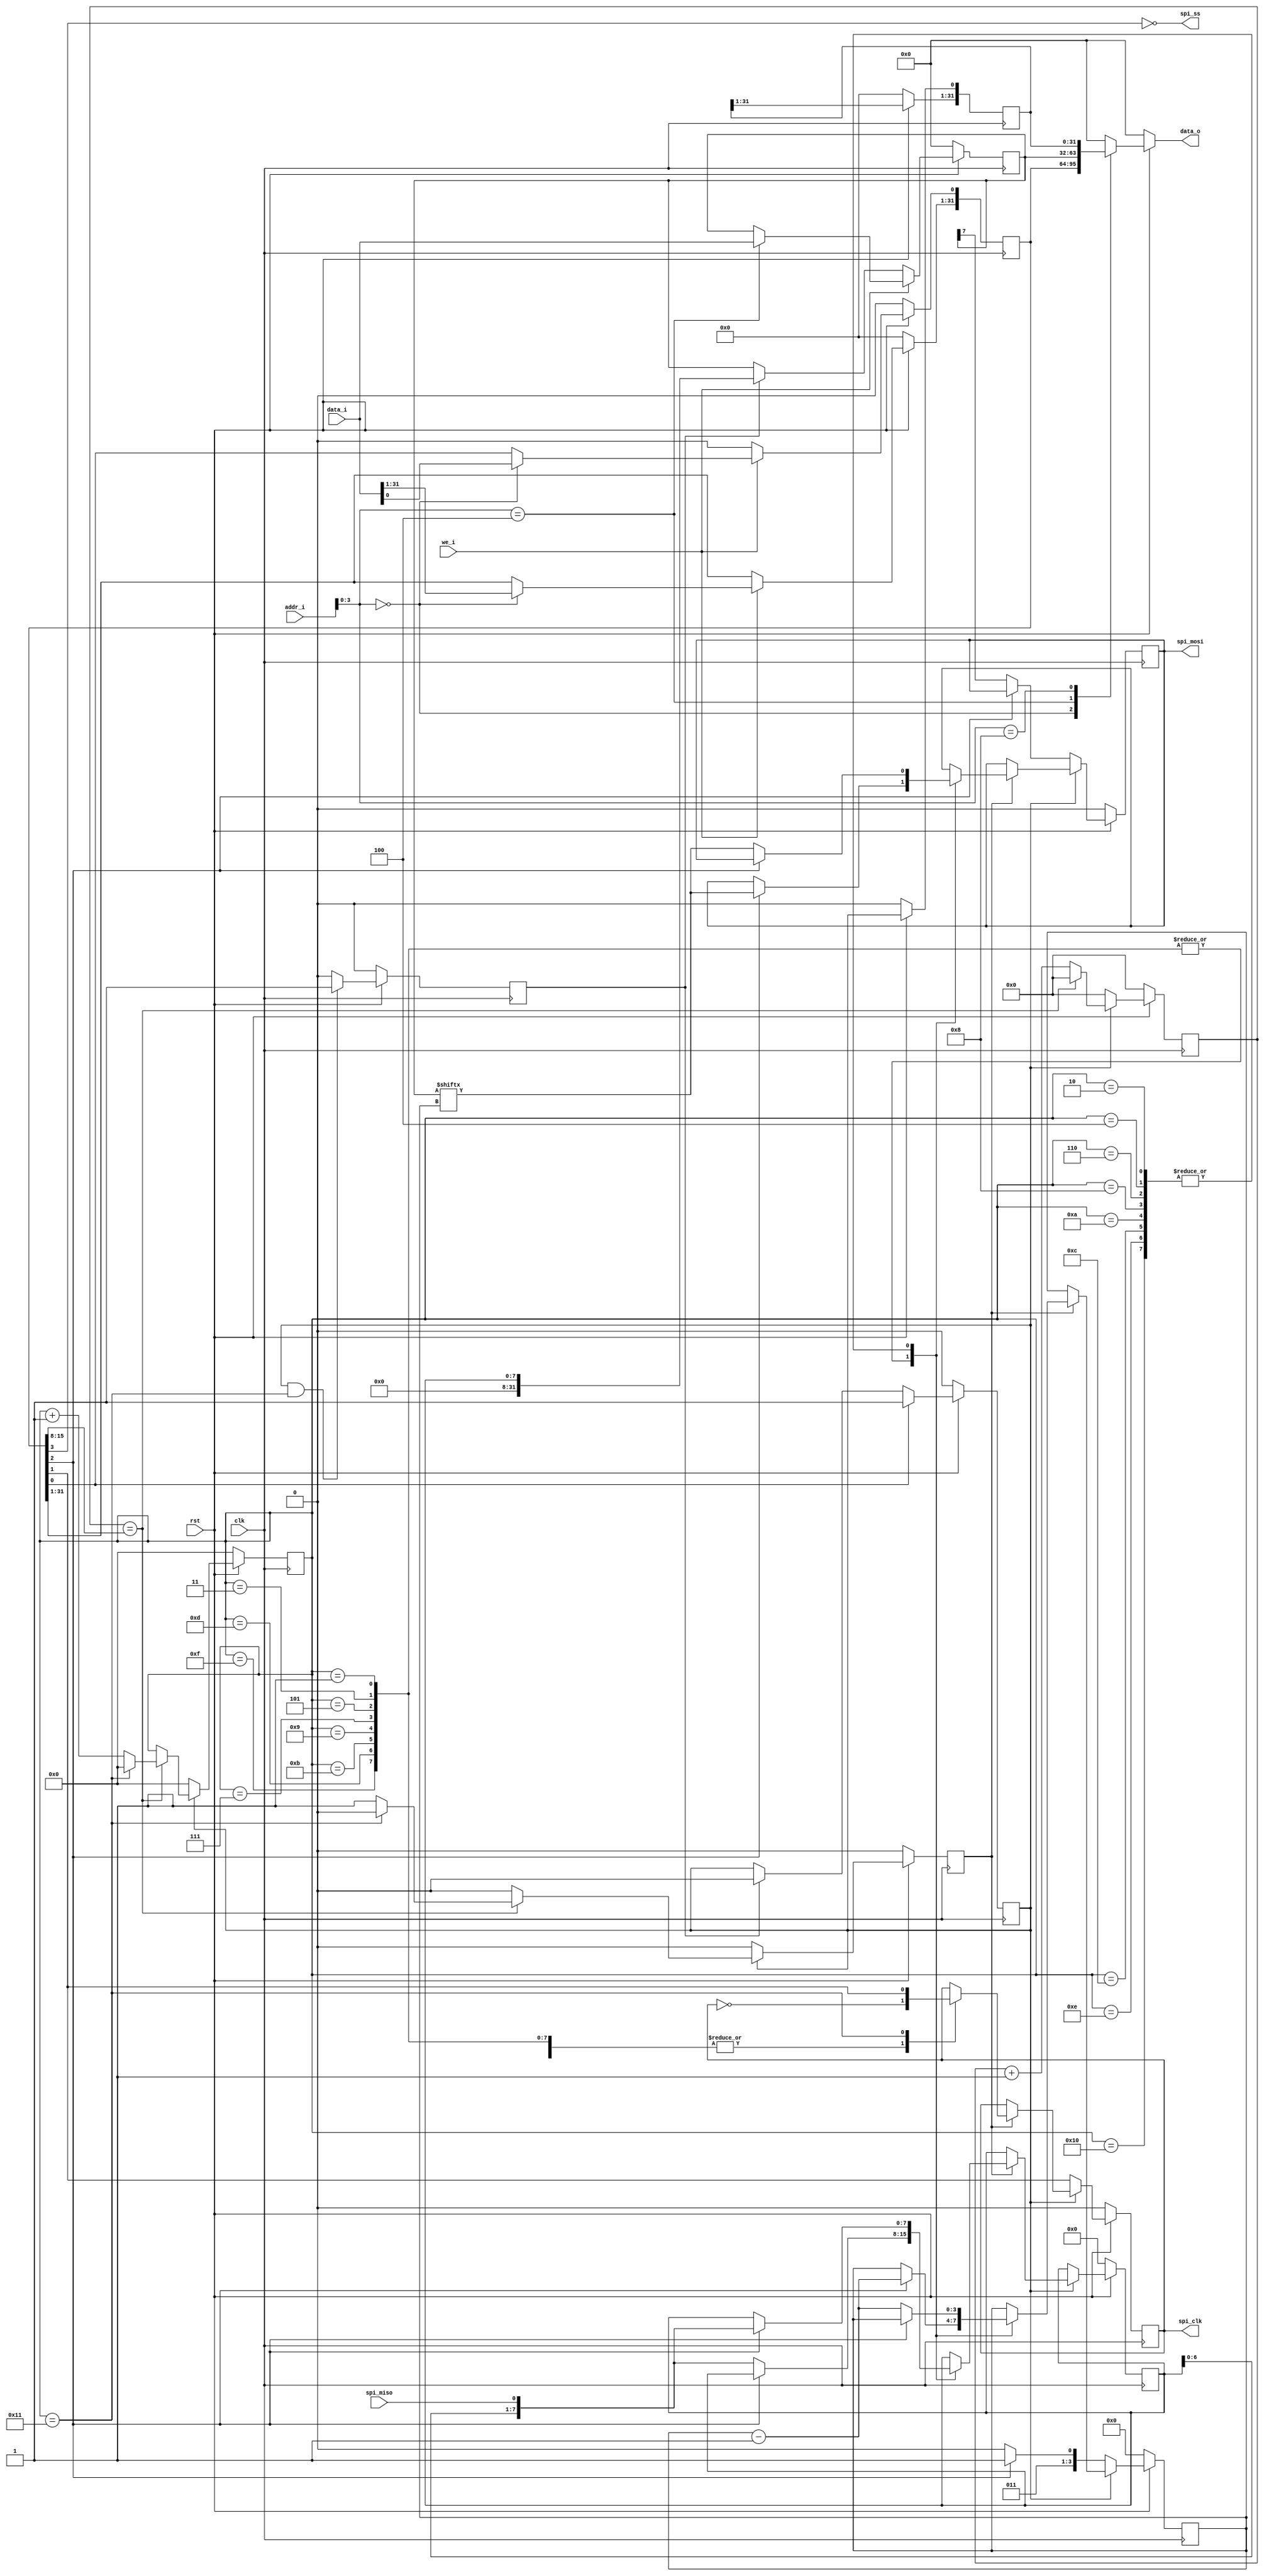
 /*                                                                      
 Copyright 2020 Blue Liang, liangkangnan@163.com
                                                                         
 Licensed under the Apache License, Version 2.0 (the "License");         
 you may not use this file except in compliance with the License.        
 You may obtain a copy of the License at                                 
                                                                         
     http://www.apache.org/licenses/LICENSE-2.0                          
                                                                         
 Unless required by applicable law or agreed to in writing, software    
 distributed under the License is distributed on an "AS IS" BASIS,       
 WITHOUT WARRANTIES OR CONDITIONS OF ANY KIND, either express or implied.
 See the License for the specific language governing permissions and     
 limitations under the License.                                          
 */


// spi master
module spi(

    input wire clk,
    input wire rst,

    input wire[31:0] data_i,
    input wire[31:0] addr_i,
    input wire we_i,

    output reg[31:0] data_o,

    output reg spi_mosi,             // spispi
    input wire spi_miso,             // spispi
    output wire spi_ss,              // spi
    output reg spi_clk               // spiclk

    );


    localparam SPI_CTRL   = 4'h0;    // spi_ctrl
    localparam SPI_DATA   = 4'h4;    // spi_data
    localparam SPI_STATUS = 4'h8;    // spi_status

    // spi
    // addr: 0x00
    // [0]: 1: enable, 0: disable
    // [1]: CPOL
    // [2]: CPHA
    // [3]: select slave, 1: select, 0: deselect
    // [15:8]: clk div
    reg[31:0] spi_ctrl;
    // spi
    // addr: 0x04
    // [7:0] cmd or inout data
    reg[31:0] spi_data;
    // spi
    // addr: 0x08
    // [0]: 1: busy, 0: idle
    reg[31:0] spi_status;

    reg[8:0] clk_cnt;               // 
    reg en;                         // 
    reg[4:0] spi_clk_edge_cnt;      // spi clk
    reg spi_clk_edge_level;         // spi clk
    reg[7:0] rdata;                 // spi
    reg done;                       // 
    reg[3:0] bit_index;             // bit
    wire[8:0] div_cnt;


    assign spi_ss = ~spi_ctrl[3];   // SPI

    assign div_cnt = spi_ctrl[15:8];// 0: 21428316432


    // 
    // 
    always @ (posedge clk) begin
        if (rst == 1'b0) begin
            en <= 1'b0;
        end else begin
            if (spi_ctrl[0] == 1'b1) begin
                en <= 1'b1;
            end else if (done == 1'b1) begin
                en <= 1'b0;
            end else begin
                en <= en;
            end
        end
    end

    // 
    always @ (posedge clk) begin
        if (rst == 1'b0) begin
            clk_cnt <= 9'h0;
        end else if (en == 1'b1) begin
            if (clk_cnt == div_cnt) begin
                clk_cnt <= 9'h0;
            end else begin
                clk_cnt <= clk_cnt + 1'b1;
            end
        end else begin
            clk_cnt <= 9'h0;
        end
    end

    // spi clk
    // 
    always @ (posedge clk) begin
        if (rst == 1'b0) begin
            spi_clk_edge_cnt <= 5'h0;
            spi_clk_edge_level <= 1'b0;
        end else if (en == 1'b1) begin
            // 
            if (clk_cnt == div_cnt) begin
                if (spi_clk_edge_cnt == 5'd17) begin
                    spi_clk_edge_cnt <= 5'h0;
                    spi_clk_edge_level <= 1'b0;
                end else begin
                    spi_clk_edge_cnt <= spi_clk_edge_cnt + 1'b1;
                    spi_clk_edge_level <= 1'b1;
                end
            end else begin
                spi_clk_edge_level <= 1'b0;
            end
        end else begin
            spi_clk_edge_cnt <= 5'h0;
            spi_clk_edge_level <= 1'b0;
        end
    end

    // bit
    always @ (posedge clk) begin
        if (rst == 1'b0) begin
            spi_clk <= 1'b0;
            rdata <= 8'h0;
            spi_mosi <= 1'b0;
            bit_index <= 4'h0;
        end else begin
            if (en) begin
                if (spi_clk_edge_level == 1'b1) begin
                    case (spi_clk_edge_cnt)
                        // 
                        1, 3, 5, 7, 9, 11, 13, 15: begin
                            spi_clk <= ~spi_clk;
                            if (spi_ctrl[2] == 1'b1) begin
                                spi_mosi <= spi_data[bit_index];   // 1bit
                                bit_index <= bit_index - 1'b1;
                            end else begin
                                rdata <= {rdata[6:0], spi_miso};   // 1bit
                            end
                        end
                        // 
                        2, 4, 6, 8, 10, 12, 14, 16: begin
                            spi_clk <= ~spi_clk;
                            if (spi_ctrl[2] == 1'b1) begin
                                rdata <= {rdata[6:0], spi_miso};   // 1bit
                            end else begin
                                spi_mosi <= spi_data[bit_index];   // 1bit
                                bit_index <= bit_index - 1'b1;
                            end
                        end
                        17: begin
                            spi_clk <= spi_ctrl[1];
                        end
                    endcase
                end
            end else begin
                // 
                spi_clk <= spi_ctrl[1];
                if (spi_ctrl[2] == 1'b0) begin
                    spi_mosi <= spi_data[7];           // 
                    bit_index <= 4'h6;
                end else begin
                    bit_index <= 4'h7;
                end
            end
        end
    end

    // ()
    always @ (posedge clk) begin
        if (rst == 1'b0) begin
            done <= 1'b0;
        end else begin
            if (en && spi_clk_edge_cnt == 5'd17) begin
                done <= 1'b1;
            end else begin
                done <= 1'b0;
            end
        end
    end

    // write reg
    always @ (posedge clk) begin
        if (rst == 1'b0) begin
            spi_ctrl <= 32'h0;
            spi_data <= 32'h0;
            spi_status <= 32'h0;
        end else begin
            spi_status[0] <= en;
            if (we_i == 1'b1) begin
                case (addr_i[3:0])
                    SPI_CTRL: begin
                        spi_ctrl <= data_i;
                    end
                    SPI_DATA: begin
                        spi_data <= data_i;
                    end
                    default: begin

                    end
                endcase
            end else begin
                spi_ctrl[0] <= 1'b0;
                // 
                if (done == 1'b1) begin
                    spi_data <= {24'h0, rdata};
                end
            end
        end
    end

    // read reg
    always @ (*) begin
        if (rst == 1'b0) begin
            data_o = 32'h0;
        end else begin
            case (addr_i[3:0])
                SPI_CTRL: begin
                    data_o = spi_ctrl;
                end
                SPI_DATA: begin
                    data_o = spi_data;
                end
                SPI_STATUS: begin
                    data_o = spi_status;
                end
                default: begin
                    data_o = 32'h0;
                end
            endcase
        end
    end

endmodule